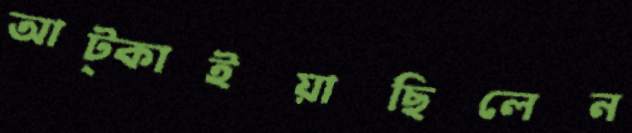
আট্‌কাইয়াছিলেন